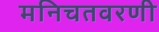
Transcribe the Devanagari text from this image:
मनिचतवरणी